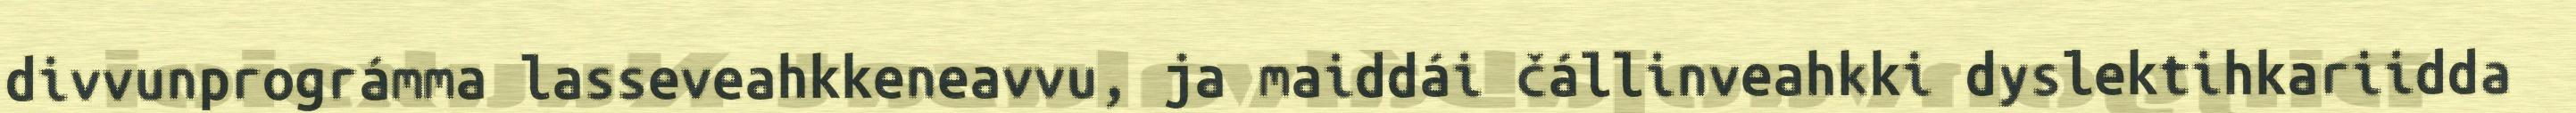
divvunprográmma lasseveahkkeneavvu, ja maiddái čállinveahkki dyslektihkariidda